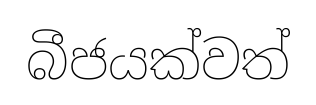
බීජයක්වත්